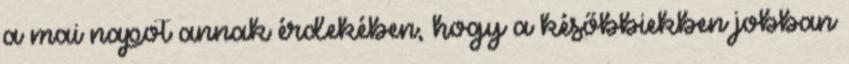
a mai napot annak érdekében, hogy a későbbiekben jobban